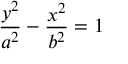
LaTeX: { \frac { y ^ { 2 } } { a ^ { 2 } } } - { \frac { x ^ { 2 } } { b ^ { 2 } } } = 1